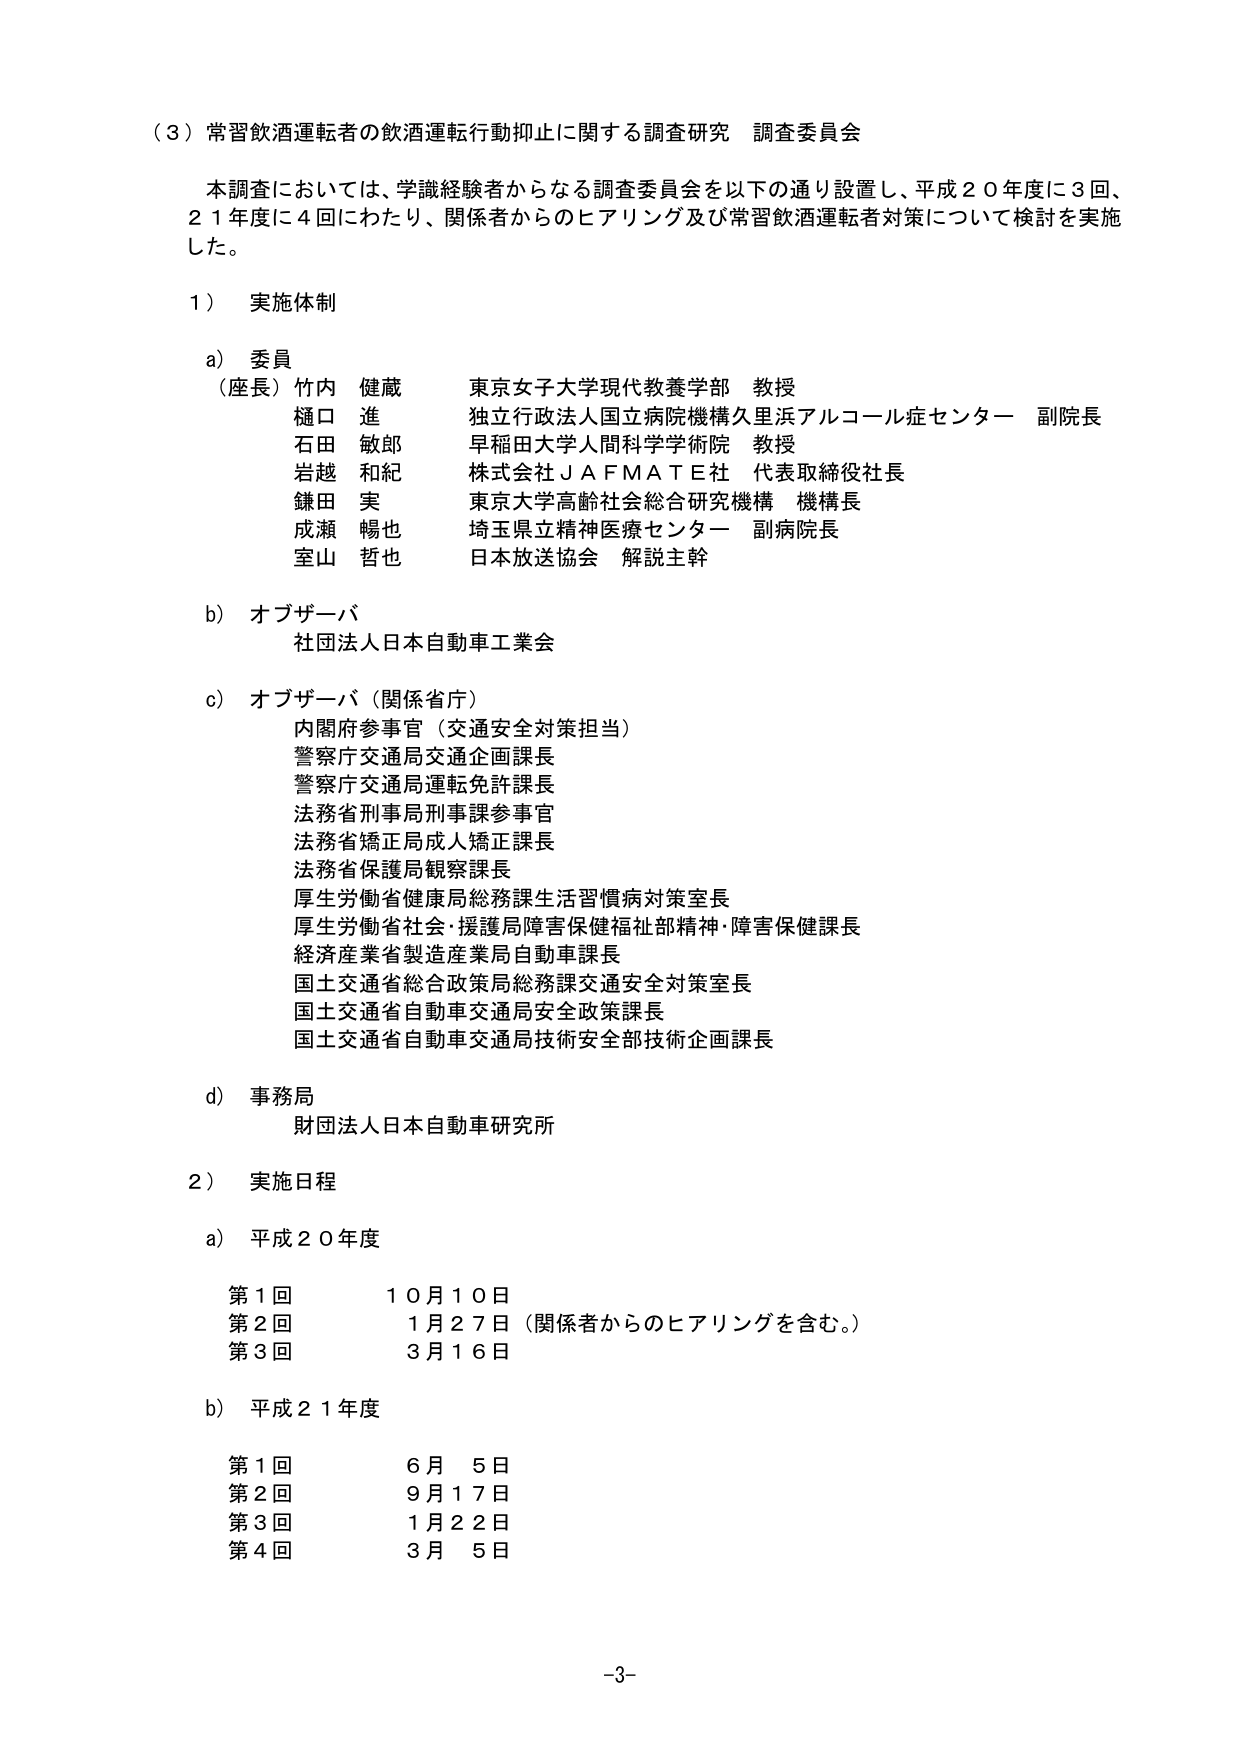
（３）常習飲酒運転者の飲酒運転行動抑止に関する調査研究 調査委員会

本調査においては、学識経験者からなる調査委員会を以下の通り設置し、平成２０年度に３回、
２１年度に４回にわたり、関係者からのヒアリング及び常習飲酒運転者対策について検討を実施
した。

１） 実施体制

a） 委員
（座長）竹内 健蔵 東京女子大学現代教養学部 教授
樋口 進 独立行政法人国立病院機構久里浜アルコール症センター 副院長
石田 敏郎 早稲田大学人間科学学術院 教授
岩越 和紀 株式会社ＪＡＦＭＡＴＥ社 代表取締役社長
鎌田 実 東京大学高齢社会総合研究機構 機構長
成瀬 暢也 埼玉県立精神医療センター 副病院長
室山 哲也 日本放送協会 解説主幹

b） オブザーバ
社団法人日本自動車工業会

c） オブザーバ（関係省庁）
内閣府参事官（交通安全対策担当）
警察庁交通局交通企画課長
警察庁交通局運転免許課長
法務省刑事局刑事課参事官
法務省矯正局成人矯正課長
法務省保護局観察課長
厚生労働省健康局総務課生活習慣病対策室長
厚生労働省社会・援護局障害保健福祉部精神・障害保健課長
経済産業省製造産業局自動車課長
国土交通省総合政策局総務課交通安全対策室長
国土交通省自動車交通局安全政策課長
国土交通省自動車交通局技術安全部技術企画課長

d） 事務局
財団法人日本自動車研究所

２） 実施日程

a） 平成２０年度
第１回 １０月１０日
第２回 １月２７日（関係者からのヒアリングを含む。）
第３回 ３月１６日

b） 平成２１年度
第１回 ６月 ５日
第２回 ９月１７日
第３回 １月２２日
第４回 ３月 ５日

-3-